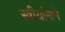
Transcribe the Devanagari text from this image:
स्त्रीयांमागे